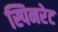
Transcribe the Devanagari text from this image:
स्पिनरेट